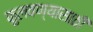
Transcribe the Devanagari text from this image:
फुलवण्यासाठी